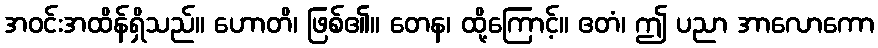
အဝင်းအထိန်ရှိသည်။ ဟောတိ၊ ဖြစ်၏။ တေန၊ ထို့ကြောင့်။ ဧတံ၊ ဤ ပညာ အာလောကော